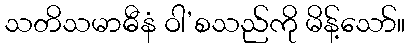
သတိသမာဓီနံ ဝါ’စသည်ကို မိန့်သော်။